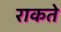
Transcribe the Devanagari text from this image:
राकते